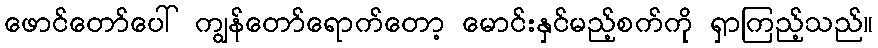
ဖောင်တော်ပေါ် ကျွန်တော်ရောက်တော့ မောင်းနှင်မည့်စက်ကို ရှာကြည့်သည်။